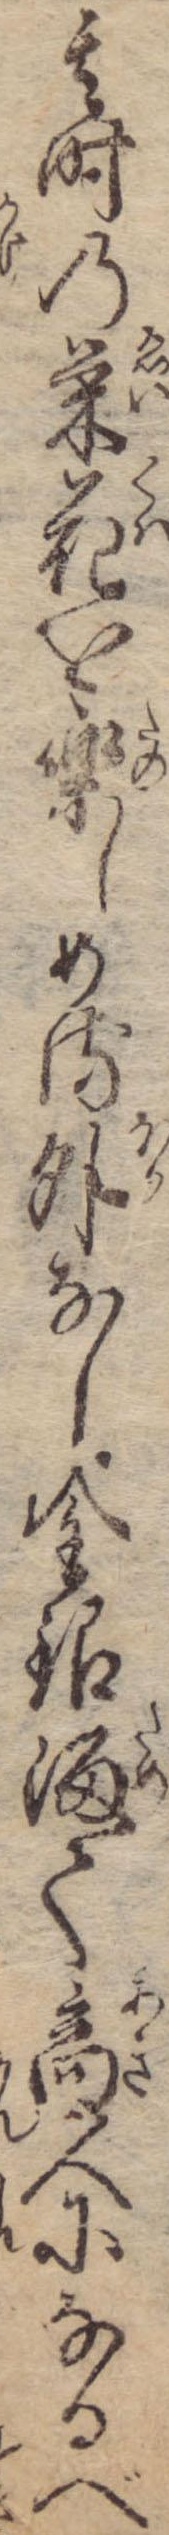
其時の栄花を楽しめる外なし金銀溜て商人になるべ